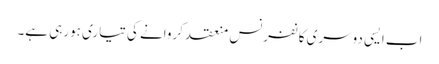
اب ایسی دوسری کانفرنس منعقد کروانے کی تیاری ہورہی ہے۔